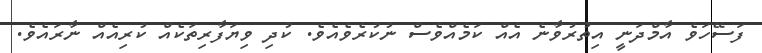
ފަސޭހަވެ އާމްދަނީ އިތުރުވާނެ އެއް ކަމެއްވެސް ނުކުރެވެއެވެ. ކުދި ވިޔަފާރިތަކެއް ކުރިއެއް ނާރައެވެ.